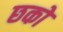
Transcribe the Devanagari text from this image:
छको